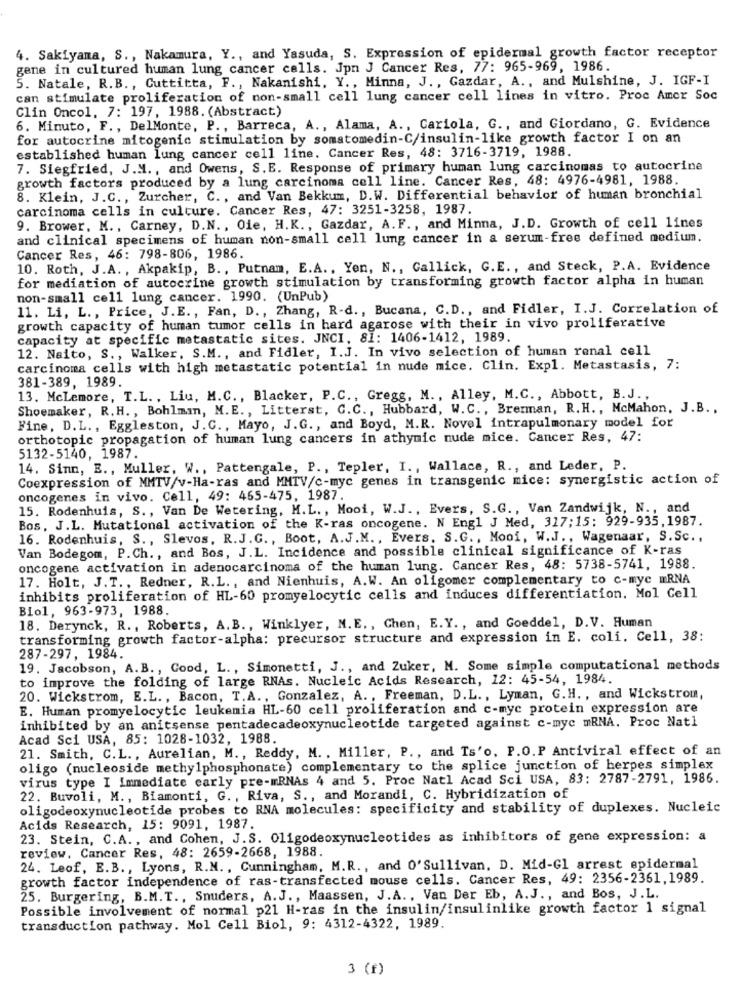
4. Sakiyama, S ., Nakamura, Y ., and Yasuda, S. Expression of epidermal growth factor receptor
gene in cultured human lung cancer cells. Jpn J Cancer Res, 77: 965-969, 1986.
5. Natale, R.B ., Cuttitta, F ., Nakanishi, Y ., Minna, J ., Gazdar, A ., and Mulshine, J. IGF-I
can stimulate proliferation of non-small cell lung cancer cell lines in vitro. Proc Amer Soc
Clin Oncol, 7: 197, 1988. (Abstract)
6. Minuto, F ., DelMonte, P ., Barreca, A ., Alama, A ., Cariola, G ., and Giordano, G. Evidence
for autocrine mitogenic stimulation by somatomedin-C/insulin-like growth factor I on an
established human lung cancer cell line. Cancer Res, 48: 3716-3719, 1988.
7. Siegfried, J.M ., and Owens, S. E. Response of primary human lung carcinomas to autocrine
growth factors produced by a lung carcinoma cell line. Cancer Res, 48: 4976-4981, 1988.
8. Klein, J.C ., Zurcher, C ., and Van Bekkum, D.W. Differential behavior of human bronchial
carcinoma cells in culture. Cancer Res, 47: 3251-3258, 1987.
9. Brower. M ., Carney, D.N ., Oie, H.K ., Gazdar, A. F ., and Minna, J.D. Growth of cell lines
and clinical specimens of human non-small cell lung cancer in a serum-free defined medium.
Cancer Res, 46: 798-806, 1986.
10. Roth, J.A. , Akpakip, B ., Putnam, E.A ., Yen, N ., Gallick, G.E ., and Steck, P.A. Evidence
for mediation of autocrine growth stimulation by transforming growth factor alpha in human
non-small cell lung cancer. 1990. (UnPub)
11. Li, L ., Price, J.E ., Fan, D ., Zhang, R-d ., Bucana, C.D ., and Fidler, I.J. Correlation of
growth capacity of human tumor cells in hard agarose with their in vivo proliferative
capacity at specific metastatic sites. JNCI, 81: 1406-1412, 1989.
12. Naito, S ., Walker, S.M ., and Fidler, I.J. In vivo selection of human renal cell
carcinoma cells with high metastatic potential in nude mice. Clin. Expl. Metastasis, 7:
381-389, 1989.
13. Mclemore, T.L ., Liu, M.C ., Blacker, P.C ., Gregg, M ., Alley, M.C ., Abbott, B.J .,
Shoemaker, R. H ., Bohlman, N.E ., Litterst, C.C ., Hubbard, W. C ., Brerman, R. H. , McMahon, J.B .,
Fine, D.L ., Eggleston, J. C ., Mayo, J.G ., and Boyd, M.R. Novel intrapulmonary model for
orthotopic propagation of human lung cancers in athymic nude mice. Cancer Res, 47:
5132-5140, 1987.
14. Sinn, E ., Muller, W ., Pattengale, P ., Tepler, I ., Wallace, R ., and Leder, P.
Coexpression of MMTV/v-Ha-ras and MMTV/c-myc genes in transgenic mice: synergistic action of
oncogenes in vivo. Cell, 49: 455-475, 1987.
15. Rodenhuis, S ., Van De Wetering, M.L ., Mooi, W.J ., Evers, S.G ., Van Zandwijk, N ., and
Bos, J.L. Mutational activation of the K-ras oncogene. N Engl J Med, 317:15: 929-935, 1987.
16. Rodenhuis, S ., Slevos, R.J.G ., Boot, A.J.M ., Evers. S.G ., Mooi, W.J ., Wagenaar, S. Sc .,
Van Bodegom, P.Ch ., and Bos, J.L. Incidence and possible clinical significance of K-ras
oncogene activation in adenocarcinoma of the human lung. Cancer Res, 48: 5738-5741, 1988.
17. Holt, J.T ., Redner, R.L ., and Nienhuis, A.W. An oligomer complementary to c-myc IRNA
inhibits proliferation of HL-60 promyelocytic cells and induces differentiation. Mol Cell
Biol, 963-973, 1988.
18. Derynck, R ., Roberts, A. B ., Winklyer, N. E ., Chen, E. Y ., and Goeddel, D.V. Human
transforming growth factor-alpha: precursor structure and expression in E. coli. Cell, 38:
287-297, 1984.
19. Jacobson, A.B ., Good, L. , Simonetti, J ., and Zuker, M. Some simple computational methods
to improve the folding of large RNAs. Nucleic Acids Research, 12: 45-54, 1984.
20. Wickstrom, E.L ., Bacon, T.A ., Gonzalez, A. , Freeman, D.L ., Lyman, G.H. , and Wickstrom,
E. Human promyelocytic leukemia HL-60 cell proliferation and c-myc protein expression are
inhibited by an anitsense pentadecadeoxynucleotide targeted against c-myc mRNA. Proc Natl
Acad Sci USA, 85: 1028-1032, 1988.
21. Smith, C.L ., Aurelian, M ., Reddy, M .. Miller, P ., and Ts'o. P.O.P Antiviral effect of an
oligo (nucleoside methylphosphonate) complementary to the splice junction of herpes simplex
virus type I Immediate early pre-mRNAs 4 and 5. Proc Natl Acad Sci USA, 83: 2787-2791, 1986.
22. Buvoli, M ., Biamonti, G ., Riva, S ., and Morandi, C. Hybridization of
oligodeoxynucleotide probes to RNA molecules: specificity and stability of duplexes. Nucleic
Acids Research, 15: 9091, 1987.
23. Stein, C.A ., and Cohen, J.S. 011godeoxynucleotides as inhibitors of gene expression: a
review. Cancer Res, 48: 2659-2668, 1988.
24. Leof, E.B ., Lyons, R.N ., Cunningham, M.R ., and O'Sullivan, D. Mid-Gl arrest epidermal
growth factor independence of ras-transfected mouse cells. Cancer Res, 49: 2356-2361, 1989.
25. Burgering, B.M.T ., Snuders, A.J ., Maassen, J.A. , Van Der Eb, A.J ., and Bos, J.L.
Possible involvement of normal p21 H-ras in the insulin/insulinlike growth factor 1 signal
transduction pathway. Mol Cell Biol, 9: 4312-4322, 1989.
3 (f)